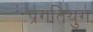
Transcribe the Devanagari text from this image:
प्रगतियुग